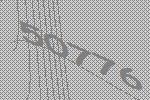
50776